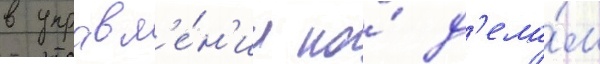
в управл'е́н'ии по́ д'ела́м